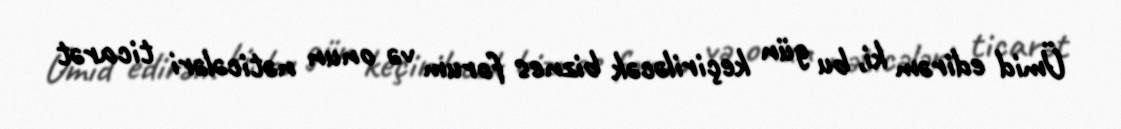
Ümid edirəm ki, bu gün keçiriləcək biznes forum və onun nəticələri ticarət